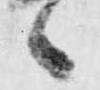
候